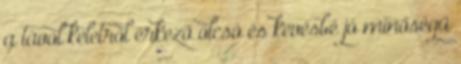
a távol keletről érkező olcsó és kevésbé jó minőségű